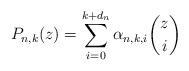
LaTeX: \begin{align*}P_{n,k}(z)=\sum_{i=0}^{k+d_n} \alpha_{n,k,i}\binom{z}{i}\end{align*}